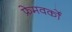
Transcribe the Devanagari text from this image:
फ्रेमवर्कों